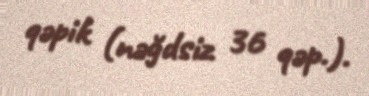
qəpik (nəğdsiz 36 qəp.).